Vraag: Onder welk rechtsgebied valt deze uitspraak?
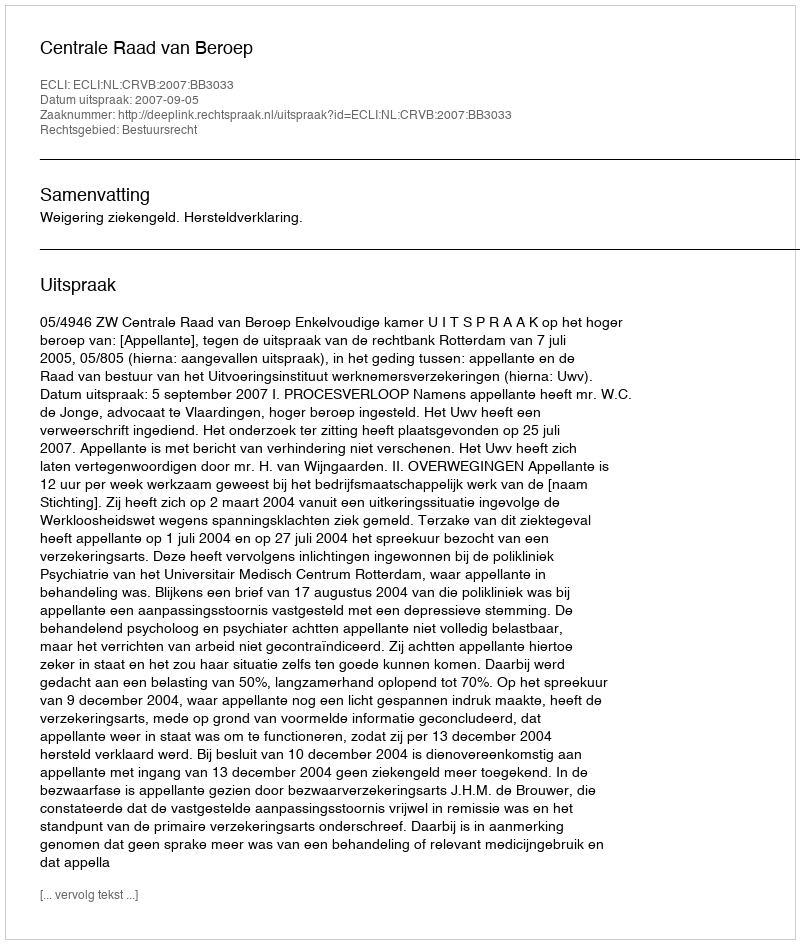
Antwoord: Bestuursrecht